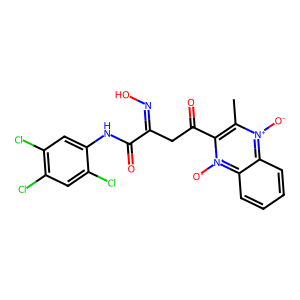
SMILES: Cc1c(C(=O)CC(=NO)C(=O)Nc2cc(Cl)c(Cl)cc2Cl)[n+]([O-])c2ccccc2[n+]1[O-]
Inhibits HIV replication: No